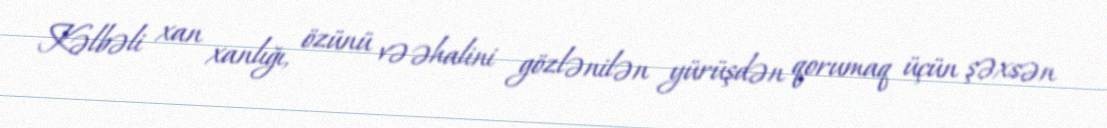
Kəlbəli xan xanlığı, özünü və əhalini gözlənilən yürüşdən qorumaq üçün şəxsən